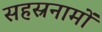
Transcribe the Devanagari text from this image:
सहस्रनामों